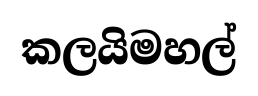
කලයිමහල්